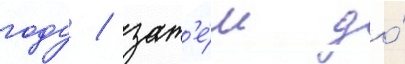
году / зат'е́м до́